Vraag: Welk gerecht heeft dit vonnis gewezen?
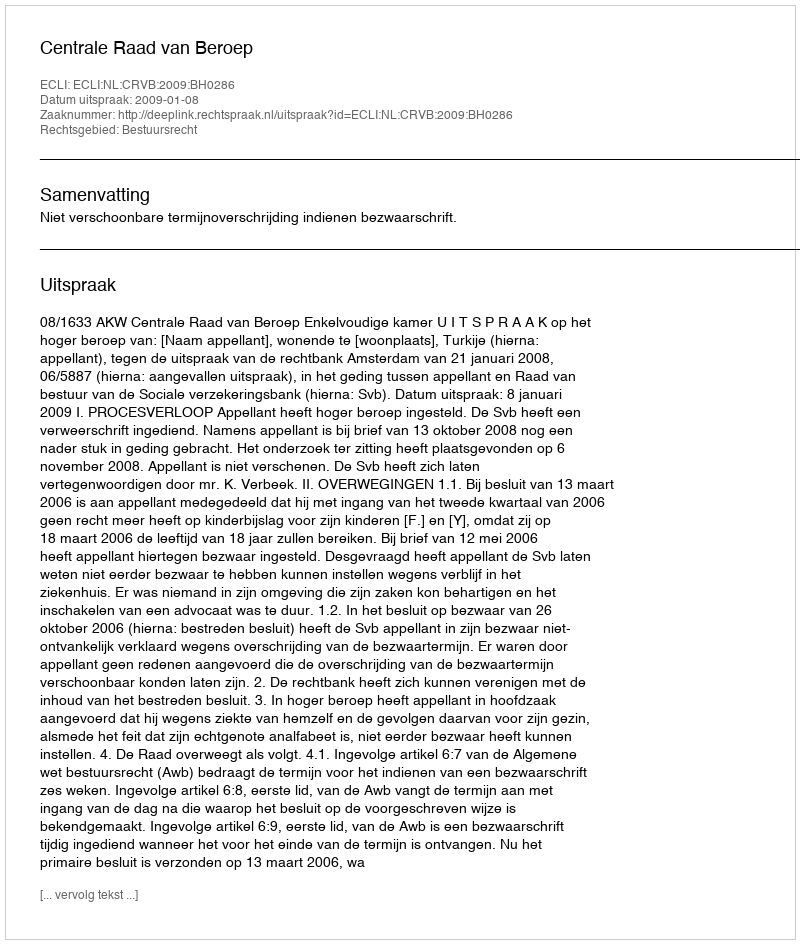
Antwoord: Centrale Raad van Beroep